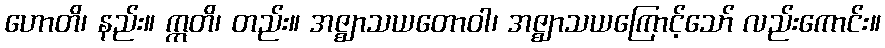
ဟောတိ၊ နည်း။ ဣတိ၊ တည်း။ အဇ္ဈာသယတောဝါ၊ အဇ္ဈာသယကြောင့်သော် လည်းကောင်း။